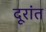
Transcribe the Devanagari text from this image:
दूरांत